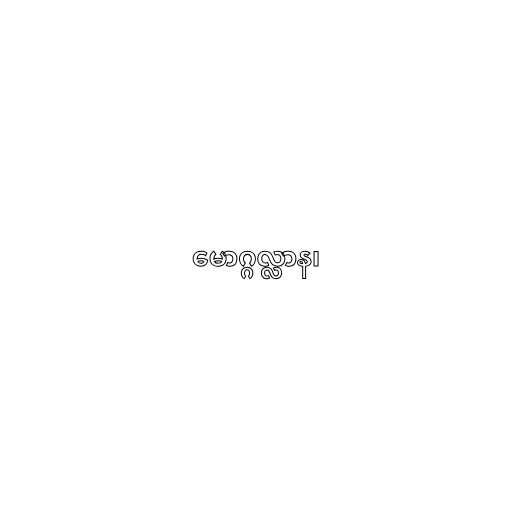
မောဂ္ဂလ္လာန၊